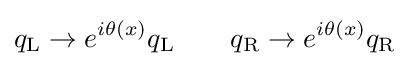
q_{\text{L}}\rightarrow e^{i\theta (x)}q_{\text{L}}\qquad q_{\text{R}}\rightarrow e^{i\theta (x)}q_{\text{R}}~